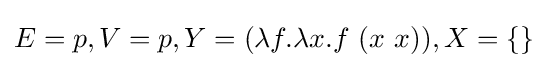
E=p,V=p,Y=(\lambda f.\lambda x.f\ (x\ x)),X=\{\}